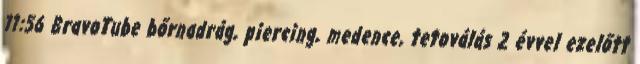
11:56 BravoTube bőrnadrág, piercing, medence, tetoválás 2 évvel ezelőtt